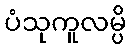
ပံသုကူလမ္ပိ